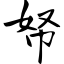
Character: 帑